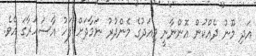
އަދި މޫނު ދެއްކުން އޮންނާނީ މިއަދުގެ މެންދުރު ނަމާދަށް ފަހު އާސަހަރާގަ އެވެ.